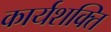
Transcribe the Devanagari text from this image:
कार्यशक्‍ति